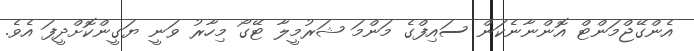
އެންގޭޖްމަންޓް އޮންނާނެކަން ސައިފްގެ މަންމަ ޝަރުމީލާ ޓޭގޯ މިހާރު ވަނީ ޔަގީންކޮށްދީފަ އެވެ.